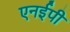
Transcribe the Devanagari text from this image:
एनईपी